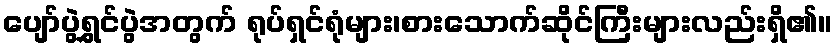
ပျော်ပွဲရွှင်ပွဲအတွက် ရုပ်ရှင်ရုံများ၊စားသောက်ဆိုင်ကြီးများလည်းရှိ၏။